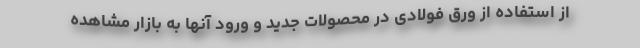
از استفاده از ورق فولادی در محصولات جدید و ورود آنها به بازار مشاهده